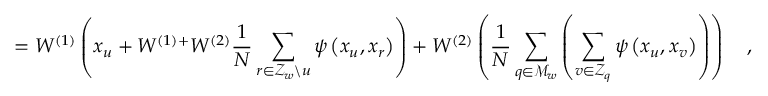
= W ^ { ( 1 ) } \left( x _ { u } + W ^ { ( 1 ) + } W ^ { ( 2 ) } \frac { 1 } { N } \sum _ { r \in \mathcal { Z } _ { w } \backslash u } \psi \left( x _ { u } , x _ { r } \right) \right) + W ^ { ( 2 ) } \left( \frac { 1 } { N } \sum _ { q \in \mathcal { M } _ { w } } \left( \sum _ { v \in \mathcal { Z } _ { q } } \psi \left( x _ { u } , x _ { v } \right) \right) \right) \quad ,